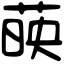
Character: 𦴤